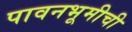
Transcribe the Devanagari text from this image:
पावनभूमीची